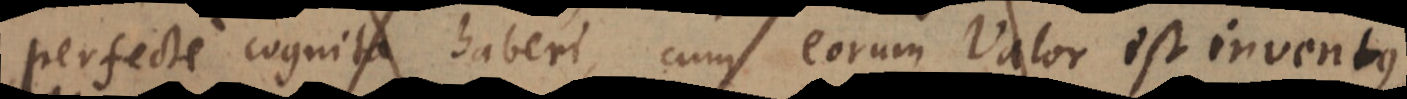
perfecte cognita haberi, cum eorum Valor est inventus